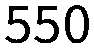
550